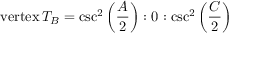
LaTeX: { \mathrm { v e r t e x } } \, T _ { B } = \csc ^ { 2 } \left( { \frac { A } { 2 } } \right) : 0 : \csc ^ { 2 } \left( { \frac { C } { 2 } } \right)